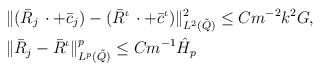
\begin{align*} &\Vert (\bar{R}_j\,\cdot +\bar{c}_j) - (\bar{R}^\iota\,\cdot +\bar{c}^\iota)\Vert^2_{L^2(\tilde{Q})} \le Cm^{-2}k^2 G, \\ & \Vert \bar{R}_j - \bar{R}^\iota \Vert^p_{L^p(\tilde{Q})} \le Cm^{-1} \hat{H}_p \end{align*}